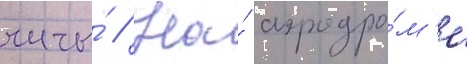
читы́ // На́ аэродро́м'е